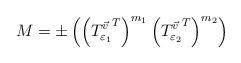
LaTeX: \begin{align*} M = \pm \left ( \left ({T_{\varepsilon_1}^{\vec{v}}}^T \right)^{m_1}\left({T_{\varepsilon_2}^{\vec{v}}}^T\right)^{m_2} \right )\end{align*}